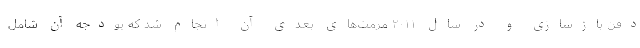
دفن بازسازی و در سال ۲۰۱۱ مرمت‌‌های بعدی آن انجام شد که بودجه آن شامل